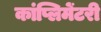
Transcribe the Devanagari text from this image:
कांप्लिमेंटरी